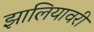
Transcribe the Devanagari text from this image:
झालियावरी